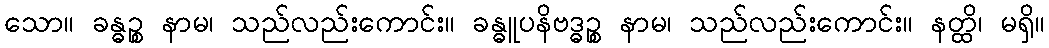
သော။ ခန္ဓဉ္စ နာမ၊ သည်လည်းကောင်း။ ခန္ဓူပနိဗဒ္ဓဉ္စ နာမ၊ သည်လည်းကောင်း။ နတ္ထိ၊ မရှိ။